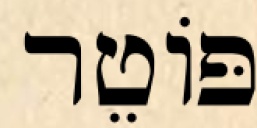
פּוֹטֵר